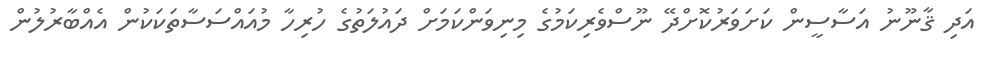
އަދި ޤާނޫނު އަސާސީން ކަށަވަރުކޮށްދޭ ނޫސްވެރިކަމުގެ މިނިވަންކަމަށް ދައުލަތުގެ ހުރިހާ މުއައްސަސާތަކަކުން އެއްބާރުލުން